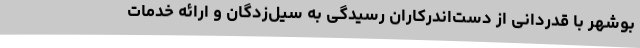
بوشهر با قدردانی از دست‌اندرکاران رسیدگی به سیل‌زدگان و ارائه خدمات